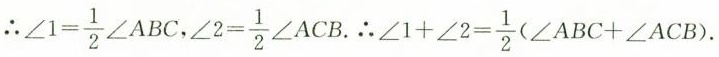
\therefore $$\angle 1= \frac{1}{2}\angle ABC$$ ，$$\angle 2=\frac{1}{2}\angleACB$$. \therefore $$\angle 1+ \angle 2= \frac{1}{2}(\angle ABC+ \angle ACB)$$.